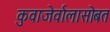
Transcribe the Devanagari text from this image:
कुवाजेर्वालासोबत